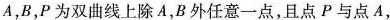
A，B，P为双曲线上除A，B外任意一点，且点P与点A，